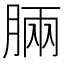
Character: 脼